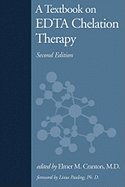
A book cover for A Textbook on Edta Chelation Therapy 2ND EDITION [HC,2001]; Health, Fitness & Dieting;